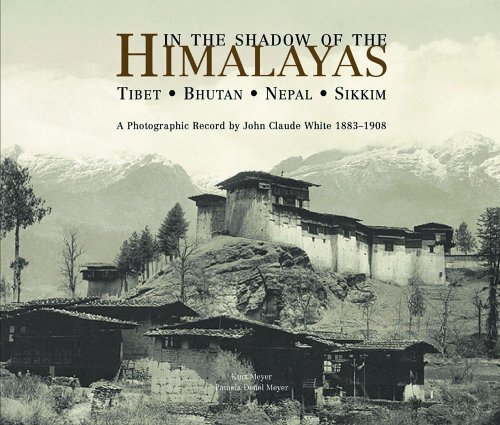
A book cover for In the Shadow of the Himalayas: Tibet - Bhutan - Nepal - Sikkim  A Photographic Record by John Claude White 1883-1908; Kurt Meyer; Travel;